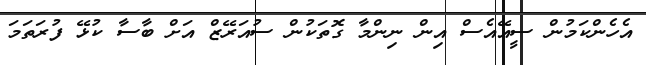
އެހެންކަމުން ސީއޭއެސް އިން ނިންމާ ގޮތަކުން ސުއަރޭޒް އަށް ބާސާ ކުޅޭ ފުރަތަމަ